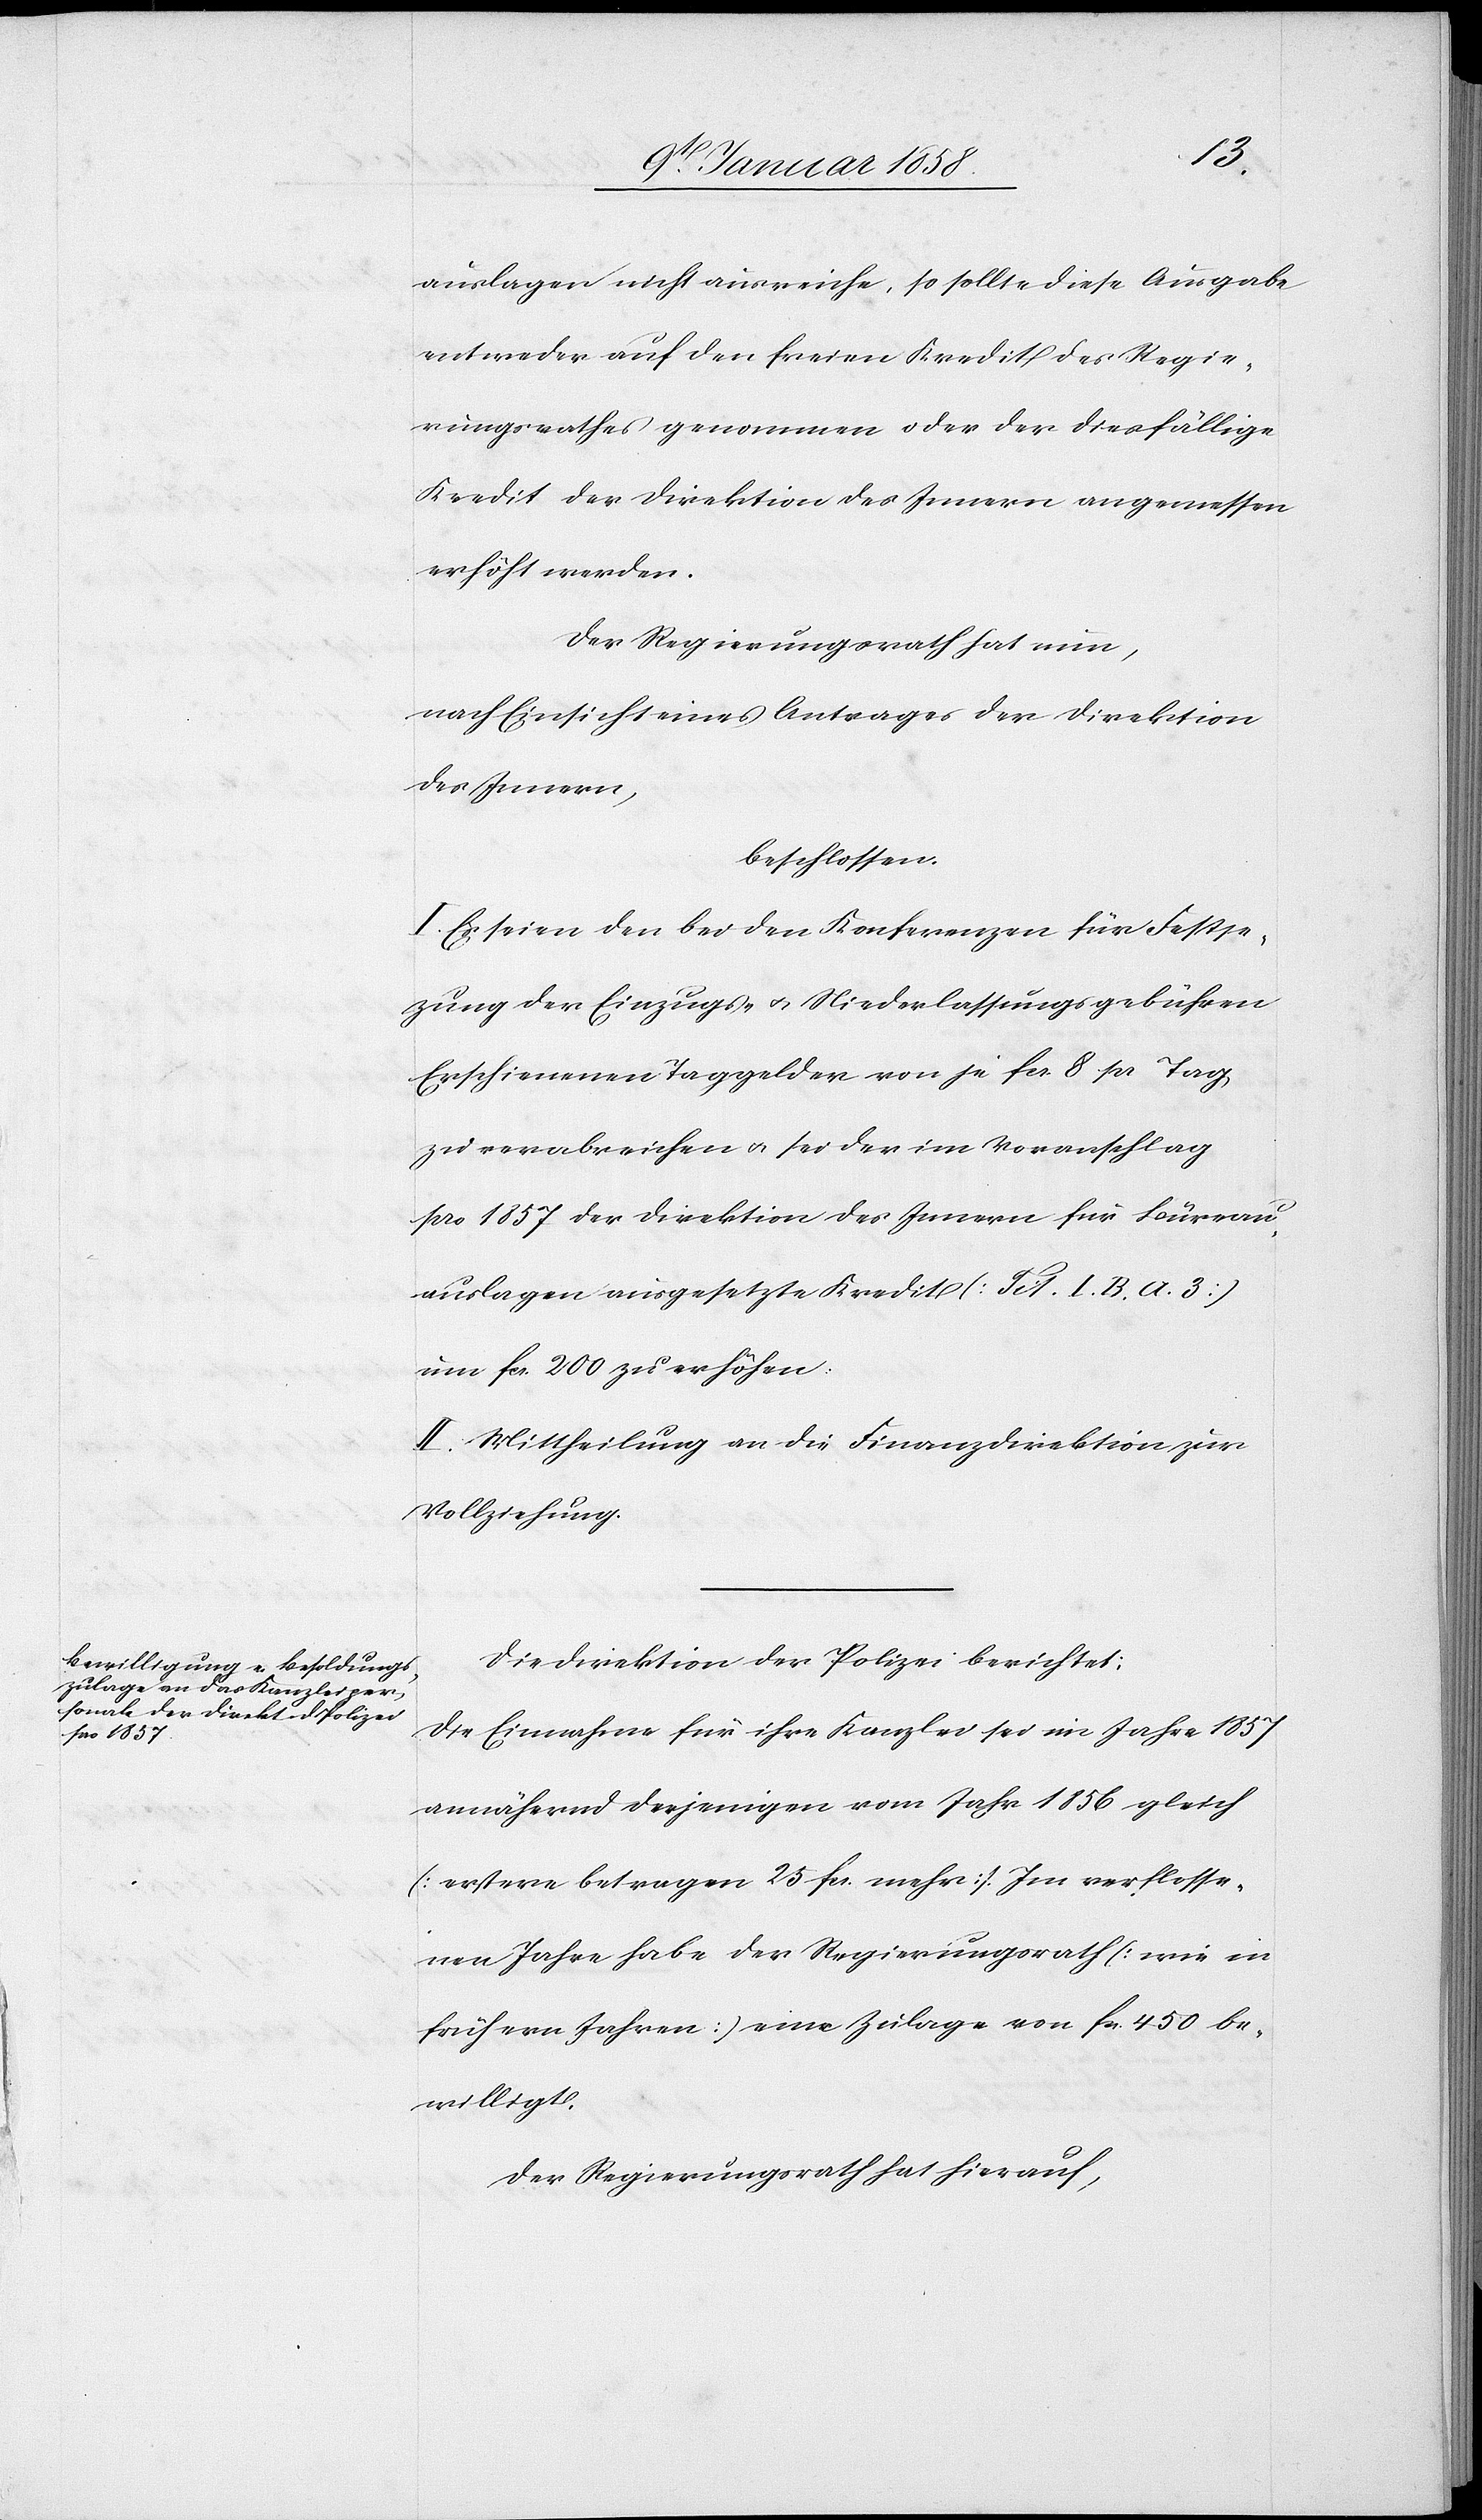
auslagen nicht ausreiche, so sollte diese Ausgabe
entweder auf den freien Kredit des Regie¬
rungsrathes genommen oder der diesfällige
Kredit der Direktion des Innern angemessen
erhöht werden.
Der Regierungsrath hat nun,
nach Einsicht eines Antrages der Direktion
des Innern,
beschlossen.
I. Es seien den bei den Konferenzen für Festse¬
zung der Einzugs- u. Niederlassungsgebühren
Erschienenen Taggelder von je fcs. 8 pr Tag,
zu verabreichen u. sei der im Voranschlag
pro 1857 der Direktion des Innern für Büreau¬
auslagen ausgesetzte Kredit [Tit. I. B. a. 3]
um fcs. 200 zu erhöhen.
II. Mittheilung an die Finanzdirektion zur
Vollziehung.
Die Direktion der Polizei berichtet:
Die Einnahme für ihre Kanzlei sei im Jahre 1857
annähernd derjenigen vom Jahr 1856 gleich
[erstere betragen 25 fcs. mehr]. Im verflosse¬
nen Jahre habe der Regierungsrath [wie in
frühern Jahren] eine Zulage von fcs. 450 be¬
willigt.
Der Regierungsrath hat hierauf,